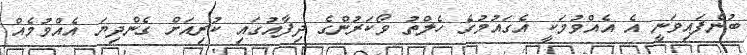
ބުނެފައިވަނީ އެ އެއްވުމަކީ އެގައުމުގެ ހެލްތު ވޯކަރުންގެ ދިފާއުގައި ކުރިއަށް ގެންދިޔަ އެއްވުމެއް